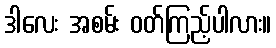
ဒါလေး အစမ်း ဝတ်ကြည့်ပါလား။